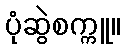
ပုံဆွဲစက္ကူ။